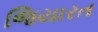
જિયારત